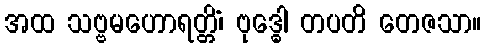
အထ သဗ္ဗမဟောရတ္တိံ၊ ဗုဒ္ဓေါ တပတိ တေဇသာ။